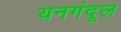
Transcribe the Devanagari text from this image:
यनगंदूल